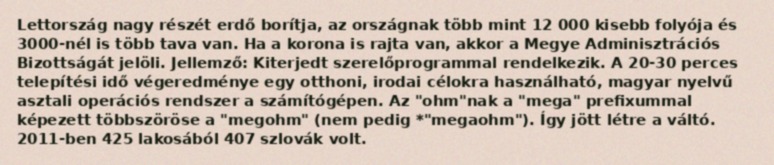
Lettország nagy részét erdő borítja, az országnak több mint 12 000 kisebb folyója és 3000-nél is több tava van. Ha a korona is rajta van, akkor a Megye Adminisztrációs Bizottságát jelöli. Jellemző: Kiterjedt szerelőprogrammal rendelkezik. A 20-30 perces telepítési idő végeredménye egy otthoni, irodai célokra használható, magyar nyelvű asztali operációs rendszer a számítógépen. Az "ohm"nak a "mega" prefixummal képezett többszöröse a "megohm" (nem pedig *"megaohm"). Így jött létre a váltó. 2011-ben 425 lakosából 407 szlovák volt.